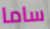
ساما